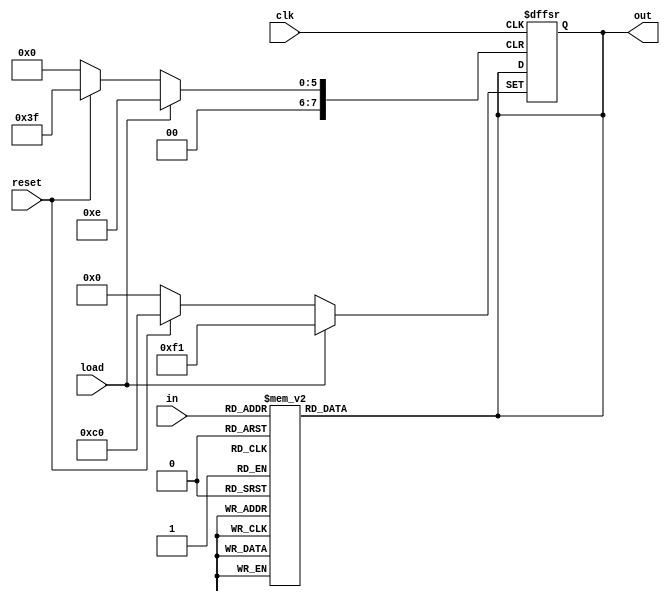
module bcdtobinary(clk,load,reset,in,out);
input clk;
input load;
input reset;
input [3:0] in;
output [7:0] out;
reg [7:0] out;
always@ (in)
begin
    case(in)
        4'b0000 :
            out = 8'b1100_0000;
        4'b0001 :
            out = 8'b1111_1001;
        4'b0010 :
            out = 8'b1010_0100;
        4'b0011 :
            out = 8'b1011_0000;
        4'b0100 :
            out = 8'b1001_1001;
        4'b0101 :
            out = 8'b1001_0010;
        4'b0110 :
            out = 8'b1000_0010;
        4'b0111 :
            out = 8'b1111_1000;
        4'b1000 :
            out = 8'b1000_0000;
        4'b1001 :
            out = 8'b1001_0000;
        4'b1010 :
            out = 8'b1010_0000;
        4'b1011 :
            out = 8'b1000_0011;
        4'b1100 :
            out = 8'b1010_0111;
        4'b1101 :
            out = 8'b1010_0001;
        4'b1110 :
            out = 8'b1000_0100;
        4'b1111 :
            out = 8'b1111_0001;
        default out = 8'b1111_1111;
    endcase
end
always@ (posedge clk or posedge load or posedge reset )
begin
    if(load == 1'b1)
    begin
        out <= 8'b1111_0001;
    end
    else if(reset == 1'b1)
    begin
        out <= 8'b1100_0000;
    end
end
endmodule